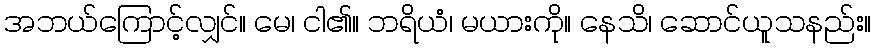
အဘယ်ကြောင့်လျှင်။ မေ၊ ငါ၏။ ဘရိယံ၊ မယားကို။ နေသိ၊ ဆောင်ယူသနည်း။